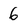
Character: 6